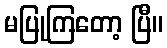
မပြုကြတော့ ပြီ။